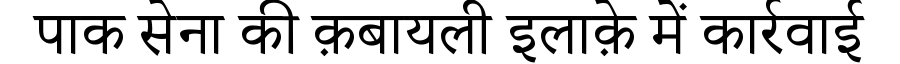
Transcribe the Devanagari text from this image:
पाक सेना की क़बायली इलाक़े में कार्रवाई